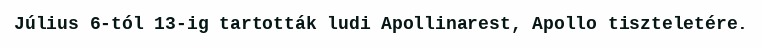
Július 6-tól 13-ig tartották ludi Apollinarest, Apollo tiszteletére.